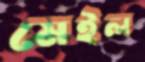
মেইল